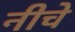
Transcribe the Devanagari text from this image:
नीचे